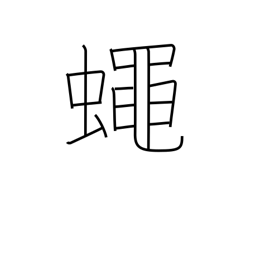
Meaning: fly